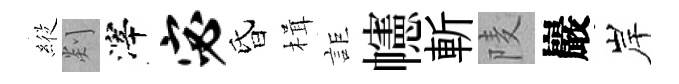
𦂵剡滓宓昏楫詎幰斬𨹧巖岸